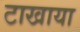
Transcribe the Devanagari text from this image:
टाखाया